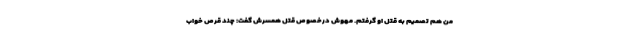
من هم تصمیم به قتل او گرفتم. مهوش درخصوص قتل همسرش گفت: چند قرص خواب